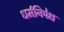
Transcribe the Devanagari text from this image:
धर्मनिपेक्ष